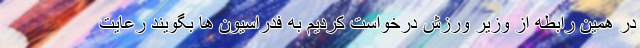
در همین رابطه از وزیر ورزش درخواست کردیم به فدراسیون ها بگویند رعایت